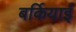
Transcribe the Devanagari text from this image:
बर्कियाई